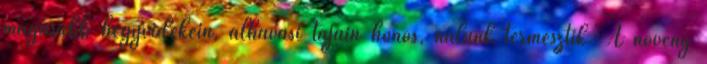
magasabb hegyvidékein, alhavasi tájain honos, nálunk termesztik. A növény